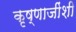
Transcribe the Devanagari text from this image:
कृष्णाजींशी